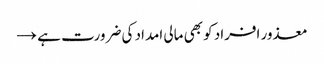
معذور افراد کو بھی مالی امداد کی ضرورت ہے →